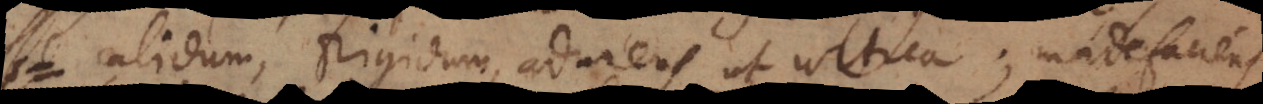
calidum, frigidum, adurens ut urtica; madefaciens,